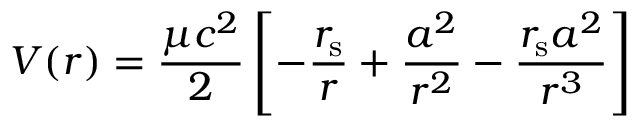
V ( r ) = { \frac { \mu c ^ { 2 } } { 2 } } \left[ - { \frac { r _ { \mathrm { { s } } } } { r } } + { \frac { a ^ { 2 } } { r ^ { 2 } } } - { \frac { r _ { \mathrm { { s } } } a ^ { 2 } } { r ^ { 3 } } } \right]